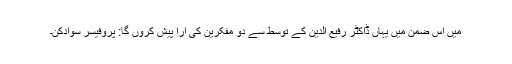
میں اس ضمن میں یہاں ڈاکٹر رفیع الدین کے توسط سے دو مفکرین کی آرا پیش کروں گا: پروفیسر سوادکن۔